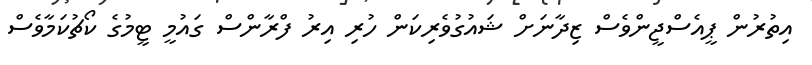
އިތުރުން ޕީއެސްޖީންވެސް ޒިދާނަށް ޝައުގުވެރިކަން ހުރި އިރު ފްރާންސް ގައުމީ ޓީމުގެ ކޯޗުކަމާވެސް